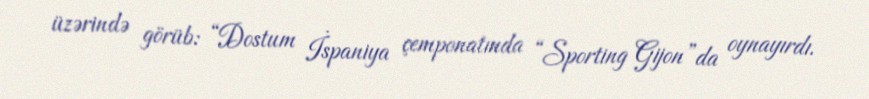
üzərində görüb: “Dostum İspaniya çemponatında “Sporting Gijon”da oynayırdı.